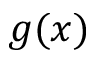
g ( x )